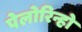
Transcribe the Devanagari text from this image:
पेलोरिन्हो